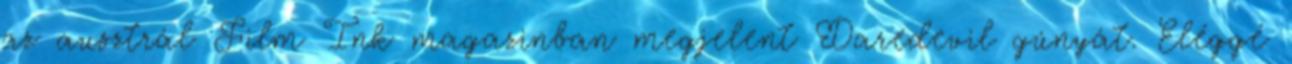
az ausztrál Film Ink magazinban megjelent Daredevil gúnyát. Eléggé